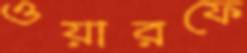
ওয়ারফে